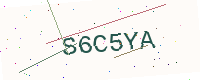
Text: S6C5YA